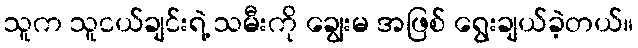
သူက သူငယ်ချင်းရဲ့ သမီးကို ချွေးမ အဖြစ် ရွေးချယ်ခဲ့တယ်။